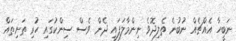
ނަބީހާ އެއްޗެއް ނުބުނެ ތެލިދޮވެ ނިންމާލަފައި ދެން ވެސް ސިންކުގައި ހުރި ތަށިތައް